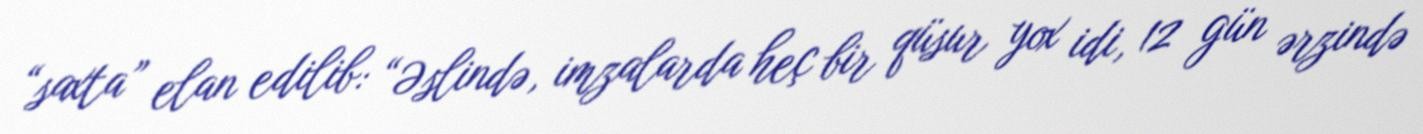
“saxta” elan edilib: “Əslində, imzalarda heç bir qüsur yox idi, 12 gün ərzində